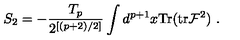
S _ { 2 } = - \frac { T _ { p } } { 2 ^ { [ ( p + 2 ) / 2 ] } } \int d ^ { p + 1 } x \mathrm { T r } ( \mathrm { t r } { \cal F } ^ { 2 } ) \ .